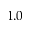
1 . 0